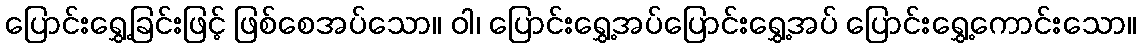
ပြောင်းရွှေ့ခြင်းဖြင့် ဖြစ်စေအပ်သော။ ဝါ၊ ပြောင်းရွှေ့အပ်ပြောင်းရွှေ့အပ် ပြောင်းရွှေ့ကောင်းသော။